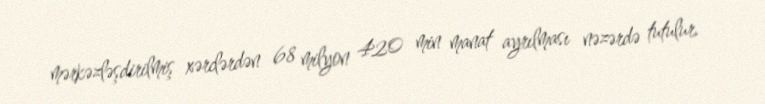
mərkəzləşdirilmiş xərclərdən 68 milyon 420 min manat ayrılması nəzərdə tutulur.